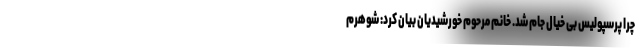
چرا پرسپولیس بی خیال جام شد. خانم مرحوم خورشیدیان بیان کرد: شوهرم